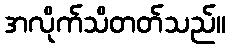
အလိုက်သိတတ်သည်။